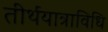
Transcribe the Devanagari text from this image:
तीर्थयात्राविधि